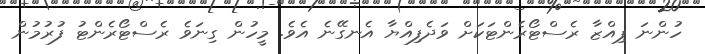
ހުންނަ ޕިއްޒާ ރެސްޓޯރެންޓަކަށް ވަދެފިއްޔާ އެނގޭނެ އެވެ. މީހުން ގިނަވެ ރެސްޓޯރެންޓު ފުރުމުން